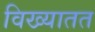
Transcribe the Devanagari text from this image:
विख्यातत